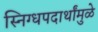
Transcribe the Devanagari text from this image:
स्निग्धपदार्थांमुळे